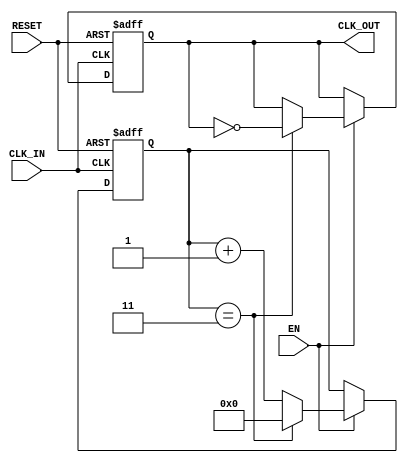
module ClockDividerBuffer #(
    parameter N = 4  // Division factor, configurable
)(
    input wire CLK_IN,   // Input clock signal
    input wire EN,       // Enable signal
    input wire RESET,    // Asynchronous reset signal
    output reg CLK_OUT    // Output clock signal
);

    reg [31:0] counter;   // Counter to count input clock cycles

    // Asynchronous reset and counter logic
    always @(posedge CLK_IN or posedge RESET) begin
        if (RESET) begin
            counter <= 0;  // Reset counter
            CLK_OUT <= 0;  // Reset output clock
        end else if (EN) begin
            if (counter == (N - 1)) begin
                counter <= 0;          // Reset counter
                CLK_OUT <= ~CLK_OUT;   // Toggle output clock
            end else begin
                counter <= counter + 1; // Increment counter
            end
        end
    end

endmodule